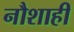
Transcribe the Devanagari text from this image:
नौशाही